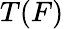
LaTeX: T(F)